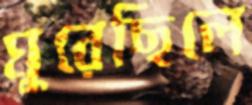
ঘুরেছিলে